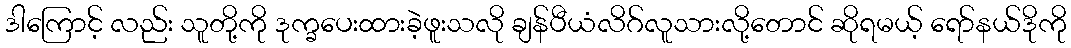
ဒါကြောင့် လည်း သူတို့ကို ဒုက္ခပေးထားခဲ့ဖူးသလို ချန်ပီယံလိဂ်လူသားလို့တောင် ဆိုရမယ့် ရော်နယ်ဒိုကို